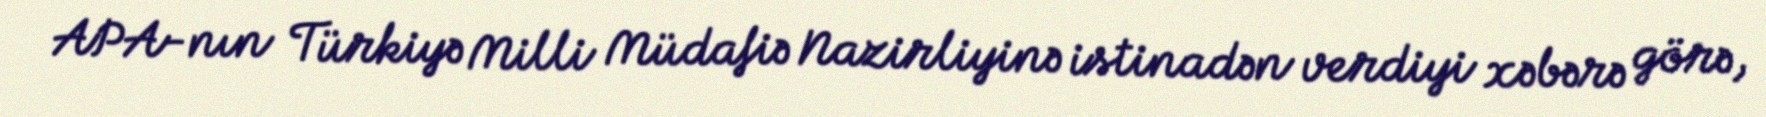
APA-nın Türkiyə Milli Müdafiə Nazirliyinə istinadən verdiyi xəbərə görə,